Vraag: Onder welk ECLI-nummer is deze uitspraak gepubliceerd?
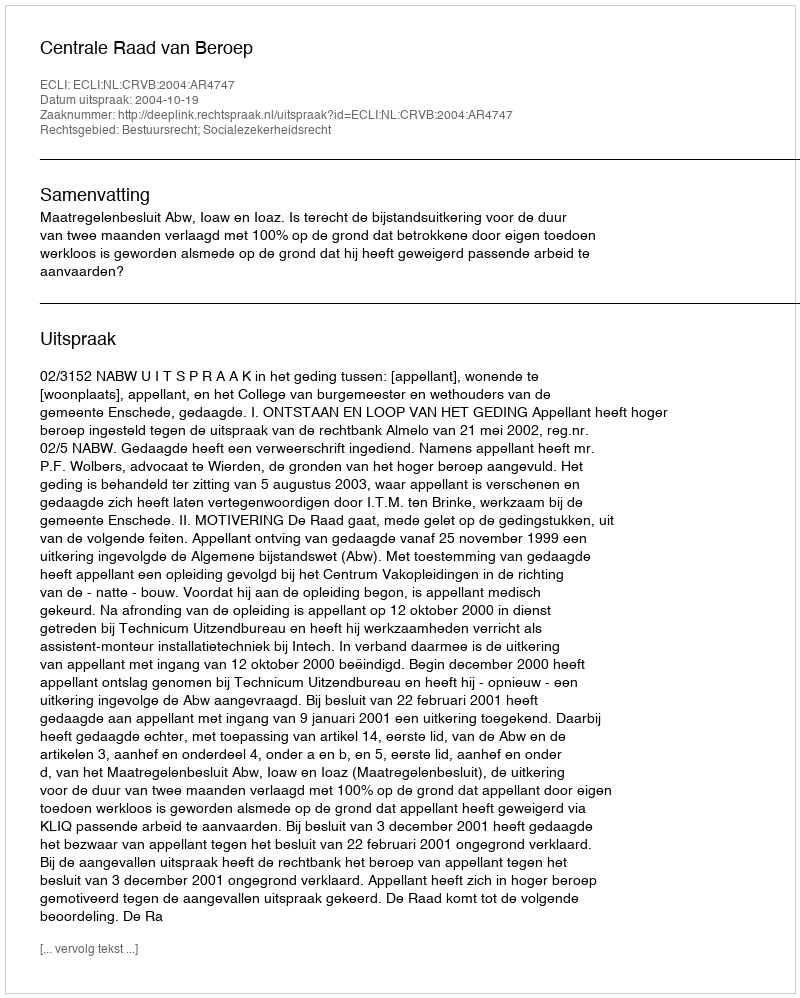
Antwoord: ECLI:NL:CRVB:2004:AR4747